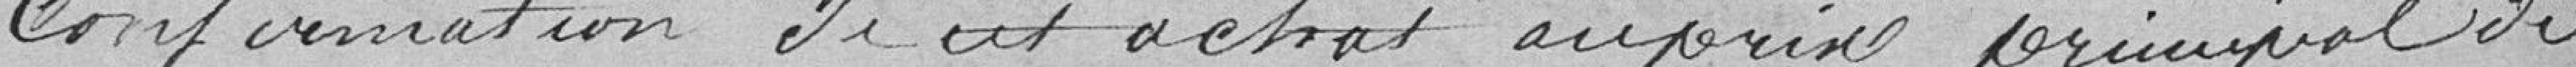
confirmation de cet achat au prix principal de